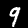
Label: 9